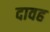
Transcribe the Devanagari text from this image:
दावह